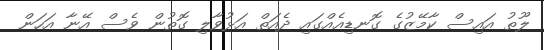
ލޫތު އައިސް ކާމޭޒުގެ ގޮނޑިއެއްގައި ދެއަތް އަޅުވާލި ގޮތުން ވެސް އޭނާ އަހަން